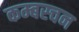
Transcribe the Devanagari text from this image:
कम्बस्चन